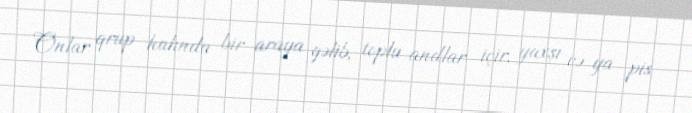
Onlar qrup halında bir araya gəlib, toplu andlar içir, yaxşı və ya pis